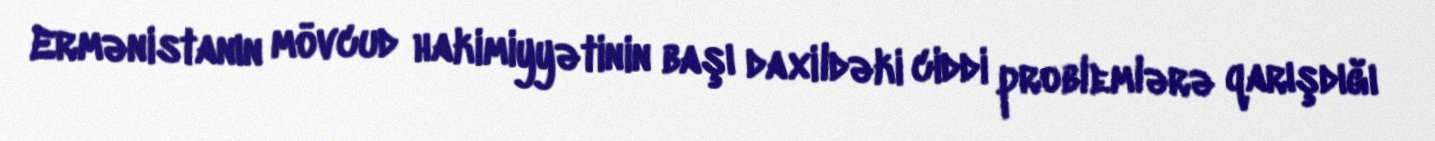
Ermənistanın mövcud hakimiyyətinin başı daxildəki ciddi problemlərə qarışdığı